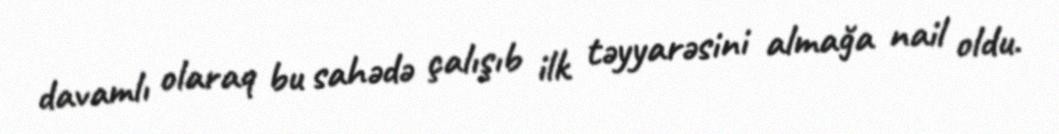
davamlı olaraq bu sahədə çalışıb ilk təyyarəsini almağa nail oldu.